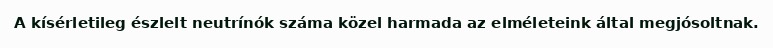
A kísérletileg észlelt neutrínók száma közel harmada az elméleteink által megjósoltnak.